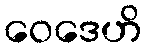
ဝေဒေဟိ